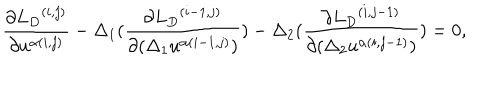
LaTeX: \frac { \partial { { L } _ { D } } ^ { ( i , j ) } } { \partial u ^ { \alpha ( i , j ) } } - \Delta _ { 1 } ( \frac { \partial { { L } _ { D } } ^ { ( i - 1 , j ) } } { \partial ( \Delta _ { 1 } u ^ { \alpha ( i - 1 , j ) } ) } ) - \Delta _ { 2 } ( \frac { \partial { { L } _ { D } } ^ { ( i , j - 1 ) } } { \partial ( \Delta _ { 2 } u ^ { \alpha ( i , j - 1 ) } ) } ) = 0 ,